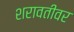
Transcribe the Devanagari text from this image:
शरावतीवर